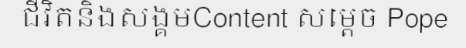
ជីវិតនិងសង្គមContent សម្តេច Pope